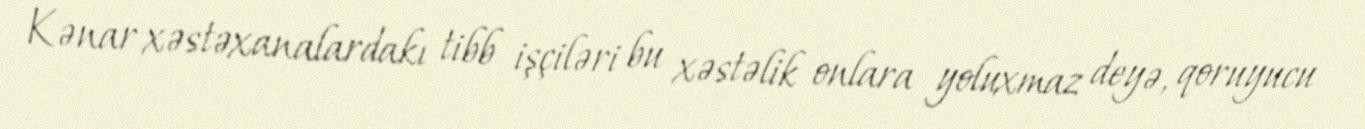
Kənar xəstəxanalardakı tibb işçiləri bu xəstəlik onlara yoluxmaz deyə, qoruyucu